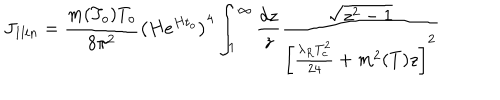
LaTeX: J _ { 1 l i n } = \frac { m ( T _ { o } ) T _ { o } } { 8 \pi ^ { 2 } } \left( H e ^ { H t _ { o } } \right) ^ { 4 } \int _ { 1 } ^ { \infty } \frac { d z } { z } \frac { \sqrt { z ^ { 2 } - 1 } } { \left[ \frac { \lambda _ { R } T _ { c } ^ { 2 } } { 2 4 } + m ^ { 2 } ( T ) z \right] ^ { 2 } }